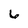
Character: 6